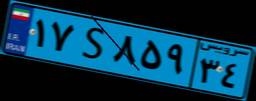
۱۷S۸۵۹۳۴